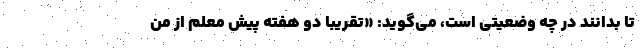
تا بدانند در چه وضعیتی است، می‌گوید: «تقریبا دو هفته پیش معلم از من